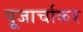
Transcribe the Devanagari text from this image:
पूजार्चाकर